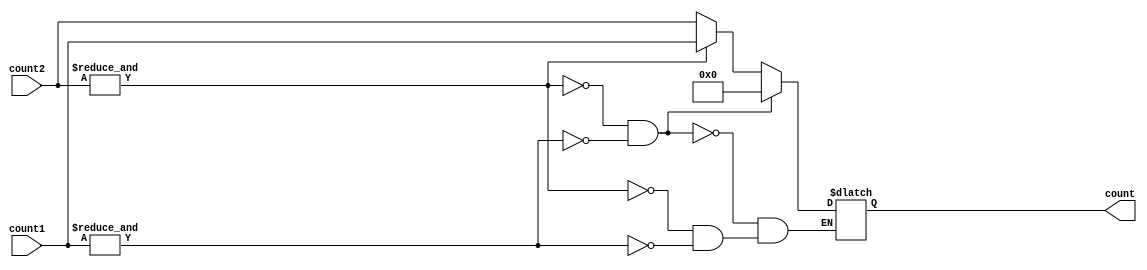
`timescale 1ns / 1ps




module comp(input [3:0] count2,input [3:0] count1,
            
            output reg [3:0] count
    );
    

	 
always@(count1 or count2 )
	begin		
			
			
			if(&count1)
				begin
				count<= count2[3:0];
			
				end
				
			if(&count2)
				begin
				count<= count1[3:0];
				
            end
				
				if(!(&count2) & !(&count1))
				begin
				count<= 0;
				
            end
			
			/*if((&count1))	
				begin
					if((&count2))
						begin
						out<=1;
						end
				end		*/
	end
	
endmodule